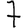
Digit: 7